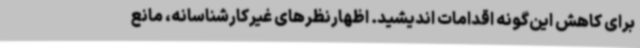
برای کاهش این‌گونه اقدامات اندیشید. اظهارنظرهای غیرکارشناسانه، مانع